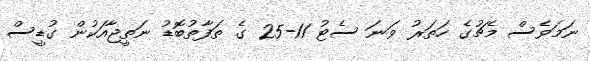
ނަމަވެސް މެޗުގެ ހަތަރު ވަނަ ސެޓު 11-25 ގެ ތަފާތުބޮޑު ނަތީޖާއަކުން ގުޑީސް